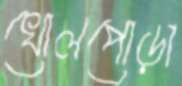
খোলপোড়া